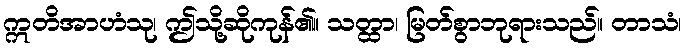
ဣတိအာဟံသု၊ ဤသို့ဆိုကုန်၏။ သတ္ထာ၊ မြတ်စွာဘုရားသည်။ တာသံ၊